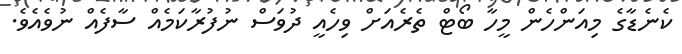
ކެނެޑާގެ މިއަންހެން މީހާ ބޯޓް ތެރެއަށް ވިހެއީ ދުވަސް ނުފުރާކަމެއް ސާފެއް ނުވެއެވެ.